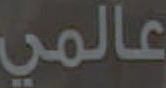
عالمي